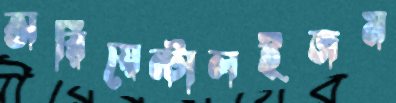
অরিয়েন্টালইজম